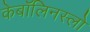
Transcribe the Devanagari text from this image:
केबॉलिनस्लो